Madras plague regulations in force outside the Presidency town - Volume 3
Disease focus: Plague
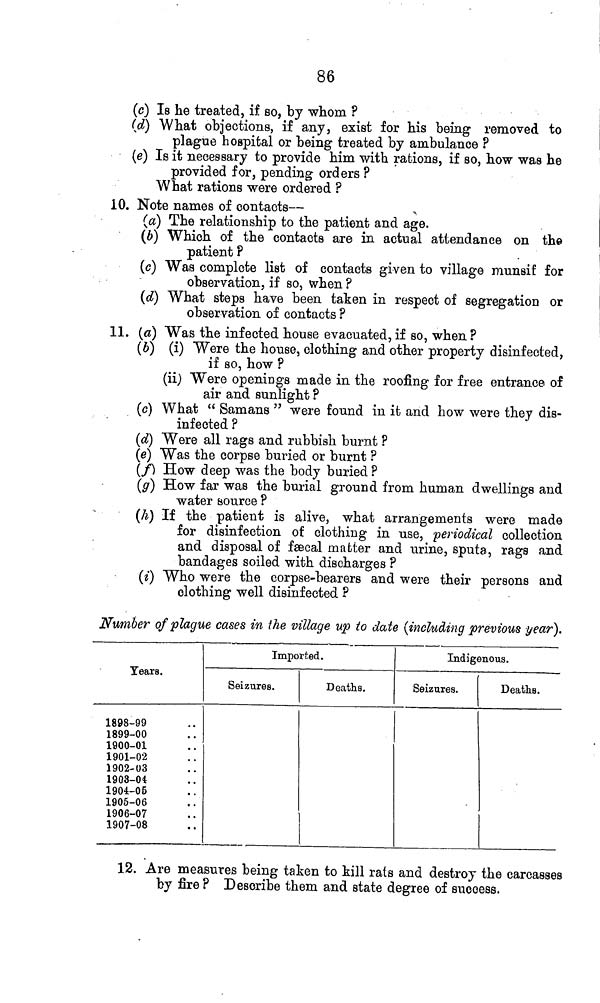
86
(c) Is he treated, if so, by whom ?
(d) What objections, if any, exist for his being removed to
plague hospital or being treated by ambulance ?
(e) IB it necessary to provide him with rations, if so, how was he
provided for, pending orders ?
What rations were ordered ?
10. Note names of contacts—
(a) The relationship to the patient and age.
(6) Which of the contacts are in actual attendance on the
patient ?
(e) Was complete list of contacts given to village munsif for
observation, if so, when ?
(d] What steps have been taken in respect of segregation or
observation of contacts ?
11. (a) Was the infected house evacuated, if so, when ?
(¿>) (i) Were the house, clothing and other property disinfected,
if so, how ?
(ii) Were openings made in the roofing for free entrance of
air and sunlight ?
(c) What " Samans " were found in it and how were they dis-
infected ?
(d) Were all rags and rubbish burnt ?
(e) Was the corpse buried or burnt ?
(f) How deep was the body buried ?
(g) How far was the burial ground from human dwellings and
water source ?
(h) If the patient is alive, what arrangements were made
for disinfection of clothing in use, periodical collection
and disposal of fsecal matter and urine, sputa, rags and
bandages soiled with discharges ?
(i) Who were the corpse-bearers and were their persons and
clothing well disinfected ?
Number of plague cases in the village up to date (including previous year).
Tears.
1898-99
1899-00
1900-01
1901-02
1902-03
1903-04
1904-05
1905-06
1906-07
1907-08
Imported.
Seizures.
Deaths.
1
Indigenous.
Seizures.
Deaths.
12. Are measures being taken to kill rats and destroy the carcasses
by fire? Describe them and state degree of success.